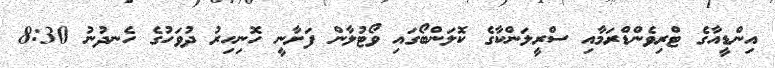
އިންޑީއާގެ ޓްރިވެންޑްރަމާއި ސްރީލަންކާގެ ކޮލަންބޯގައި ވޯޓުލާން ފަށާނީ ހޮނިހިރު ދުވަހުގެ ހެނދުނު 8:30